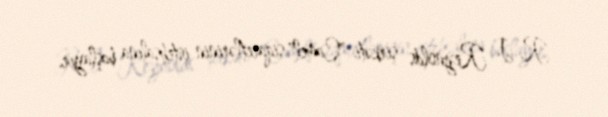
R. J. Reynolds şirkəti "Camel" siqaretlərinin istehsalına başlayır.